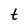
Character: t